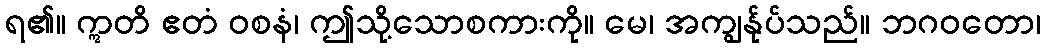
ရ၏။ ဣတိ ဧတံ ဝစနံ၊ ဤသို့သောစကားကို။ မေ၊ အကျွန်ုပ်သည်။ ဘဂဝတော၊